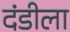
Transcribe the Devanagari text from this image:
दंडीला